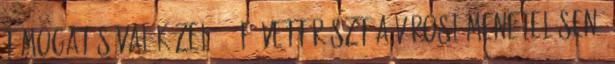
támogatásával közel 400 fõ vett részt a városi menetelésen.